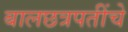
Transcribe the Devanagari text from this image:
बालछत्रपतींचे